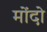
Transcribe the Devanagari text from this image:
मोंदो